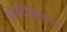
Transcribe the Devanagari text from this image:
शेपाटीखालचा